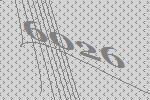
6026